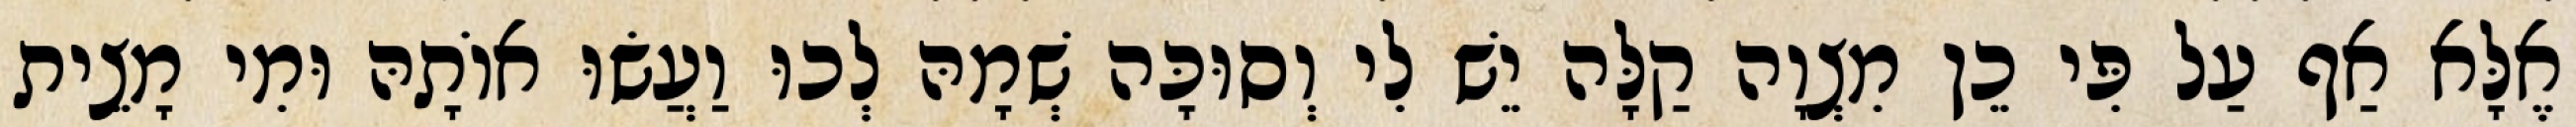
אֶלָּא אַף עַל פִּי כֵן מִצְוָה קַלָּה יֵשׁ לִי וְסוּכָּה שְׁמָהּ לְכוּ וַעֲשׂוּ אוֹתָהּ וּמִי מָצֵית